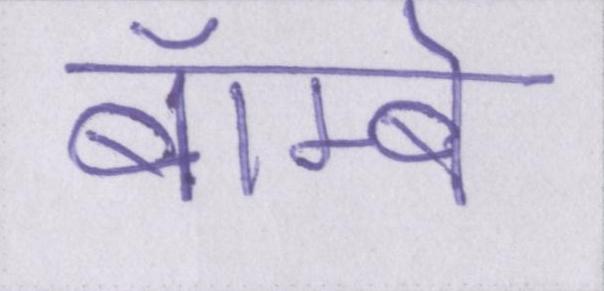
बॅाम्बे